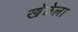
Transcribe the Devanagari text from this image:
खेळेला